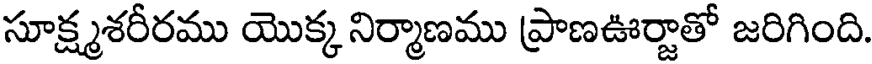
సూక్ష్మశరీరము యొక్క నిర్మాణము ప్రాణఊర్జాతో జరిగింది.